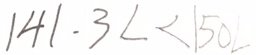
1 4 1 . 3 L < 1 5 0 L